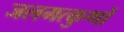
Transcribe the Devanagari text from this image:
जलमत्कुणों